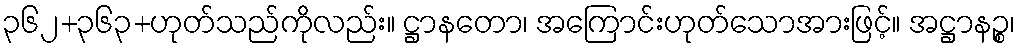
၃၆၂+၃၆၃+ဟုတ်သည်ကိုလည်း။ ဋ္ဌာနတော၊ အကြောင်းဟုတ်သောအားဖြင့်။ အဋ္ဌာနဉ္စ၊